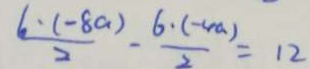
\frac { 6 \cdot ( - 8 a ) } { 2 } - \frac { 6 \cdot ( - 4 a ) } { 2 } = 1 2